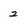
Character: 2